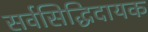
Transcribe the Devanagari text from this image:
सर्वसिद्धिदायक